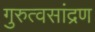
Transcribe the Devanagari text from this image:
गुरुत्वसांद्रण